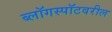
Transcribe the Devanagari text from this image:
ब्लॉगस्पॉटवरील